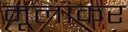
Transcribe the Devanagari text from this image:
मूलांकर